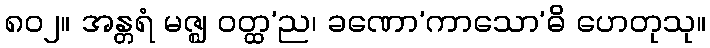
၈၀၂။ အန္တရံ မဇ္ဈ ဝတ္ထ’ည၊ ခဏော’ကာသော’ဓိ ဟေတုသု။